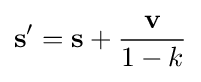
\mathbf {s} '=\mathbf {s} +{\frac {\mathbf {v} }{1-k}}